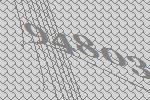
94803